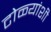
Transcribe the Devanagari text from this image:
टोळ्यांशी